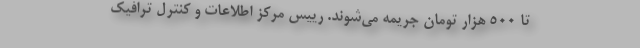
تا ۵۰۰ هزار تومان جریمه می‌شوند. رییس مرکز اطلاعات و کنترل ترافیک